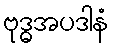
ဗုဒ္ဓအပဒါနံ